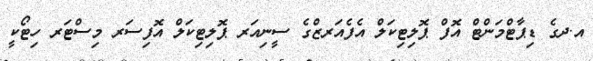
އ.ދގެ ޑިޕާޓްމަންޓް އޮފް ޕޮލިޓިކަލް އެފެއަރޒްގެ ސީނިއަރ ޕޮލިޓިކަލް އޮފިސަރ މިސްޓަރ ހިޓޯކީ